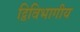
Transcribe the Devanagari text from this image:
द्विविभागीय